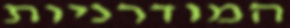
המודרניות